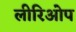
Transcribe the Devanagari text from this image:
लीरिओप